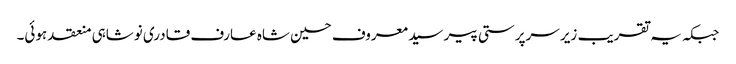
جبکہ یہ تقریب زیر سرپرستی پیر سید معروف حسین شاہ عارف قادری نوشاہی منعقد ہوئی۔